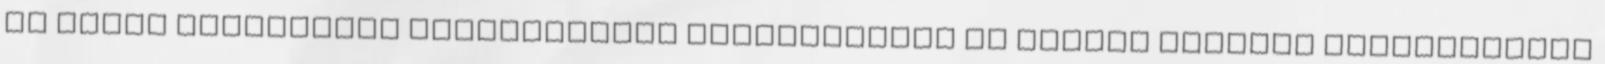
az egyes vállalatok gazdálkodási tevékenysége is hordoz magában kockázatokat